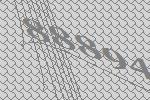
88894